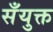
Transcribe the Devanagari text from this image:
सँयुक्त